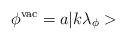
LaTeX: \begin{align*}\phi ^{\textrm{vac}}=a|k\lambda _{\phi }>\end{align*}